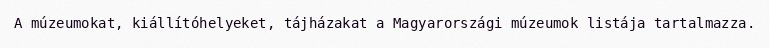
A múzeumokat, kiállítóhelyeket, tájházakat a Magyarországi múzeumok listája tartalmazza.